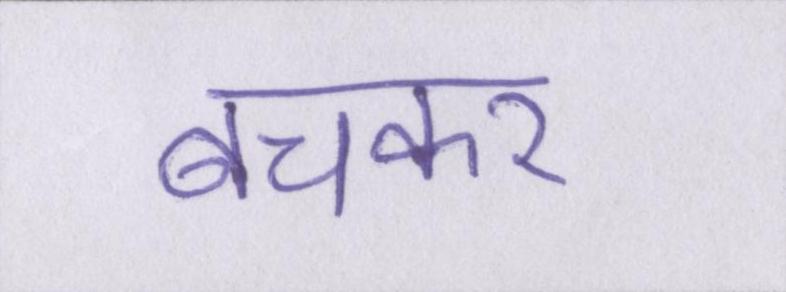
बचकर